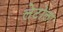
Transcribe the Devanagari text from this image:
लेटोला